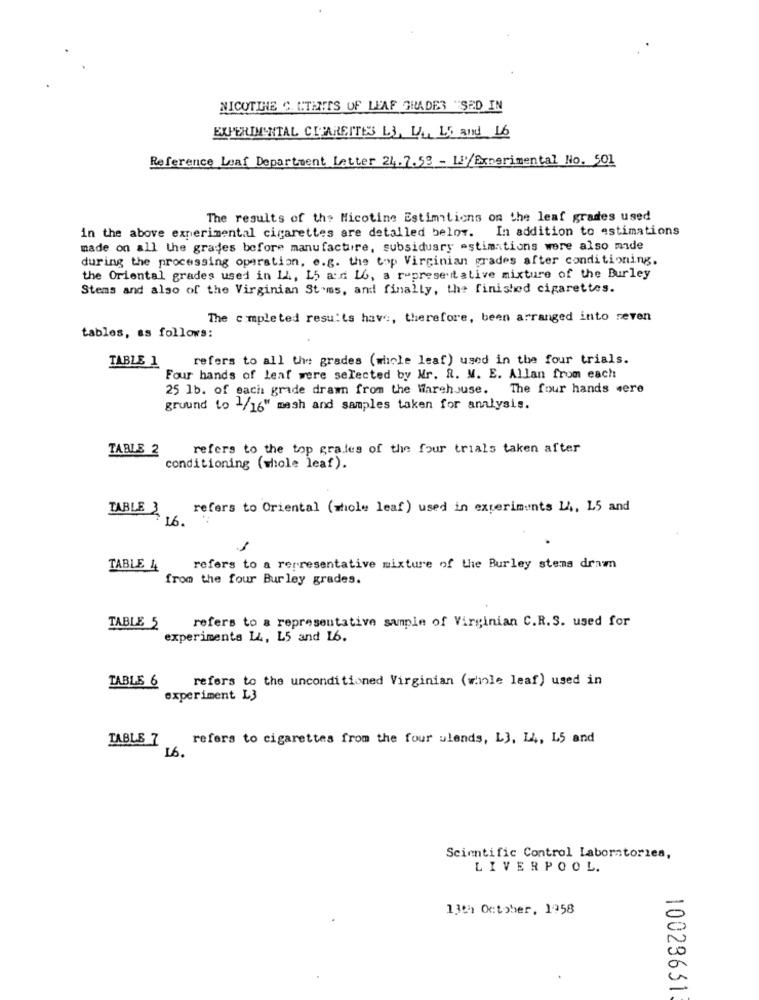
NICOTINE C. C.TENTS OF LEAF GRADES "SED IN
EXPERIMENTAL CIGARETTES LI, LA ., LE and 16
Reference Loaf Department Letter 24.7.53 - L'/Experimental No. 501
The results of the Nicotine Estimations on Che leaf grades used
in the above experimental cigarettes are detailed below. In addition to estimations
made on all the grades before manufacture, subsiduary estimations were also made
during the processing operation, e.g. the top Virginian grades after conditioning.
the Oriental grades used in 14, 15 a:d 16, a representative mixture of the Burley
Stems and also of the Virginian St.ms, and finally, the finished cigarettes.
The completed results haw :, therefore, been arranged into reven
tables, as follows:
TABLE 1
refers to all the grades (whole leaf) used in the four trials.
Four hands of leaf were selected by Mr. R. M. E. Allan from each
25 1b. of each grade drawn from the Warehouse. The four hands mere
ground to 1/16" mash and samples taken for analysis.
TABLE 2
refers to the top grates of the four trials taken after
conditioning (whole leaf).
TABLE 3
refers to Oriental (whole leaf) used in experiments 14, 15 and
16.
TABLE 4
refers to a representative mixture of the Burley stems drawn
from the four Burley grades.
refers to a representative sample of Virginian C.R.S. used for
TABLE 5
experiments LL, L5 and 16.
refers to the unconditioned Virginian (whole leaf) used in
TABLE 6
experiment L3
TABLE 7
refers to cigarettes from the four ulends, L3, LA, L5 and
16.
Scientific Control Laboratories,
LIVERPOOL.
13th October, 1958
10029631